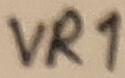
Text: VR1